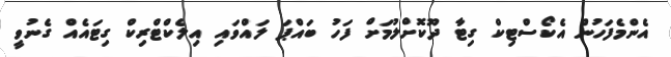
އެންމެފަހުން އެކޯސްޓިކް ގިޓާ ދޫކޮށްލުމަށް ފަހު ބައްޕަ ލައްވައި އިލެކްޓްރިކް ގިޓައެއް ގެނުވީ